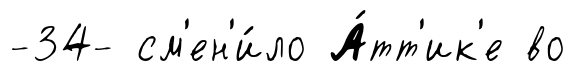
-34- см'ен'и́ло А́тт'ик'е во